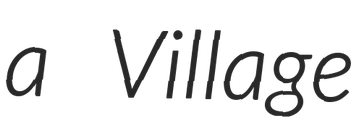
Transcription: a Village